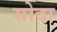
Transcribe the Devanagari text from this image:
सोदा